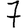
Digit: 7